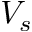
V _ { s }